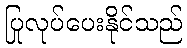
ပြုလုပ်ပေးနိုင်သည်